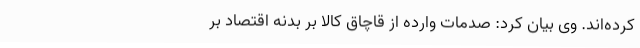
کرده‌اند. وی بیان کرد: صدمات وارده از قاچاق کالا بر بدنه اقتصاد بر